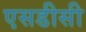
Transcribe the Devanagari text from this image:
एसडीसी